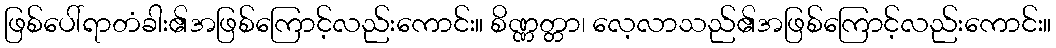
ဖြစ်ပေါ်ရာတံခါး၏အဖြစ်ကြောင့်လည်းကောင်း။ စိဏ္ဏတ္တာ၊ လေ့လာသည်၏အဖြစ်ကြောင့်လည်းကောင်း။